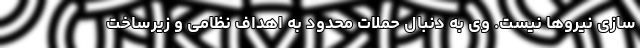
سازی نیروها نیست. وی به دنبال حملات محدود به اهداف نظامی و زیرساخت